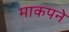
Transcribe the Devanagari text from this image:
माकपने